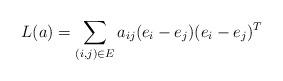
LaTeX: \begin{align*}L(a)=\sum_{(i,j)\in E}a_{ij}(e_{i}-e_{j})(e_{i}-e_{j})^{T}\end{align*}